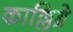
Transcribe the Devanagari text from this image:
काल्लिब्रे